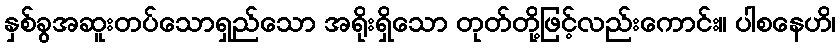
နှစ်ခွအဆူးတပ်သောရှည်သော အရိုးရှိသော တုတ်တို့ဖြင့်လည်းကောင်း။ ပါစနေဟိ၊